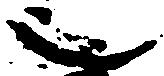
也